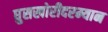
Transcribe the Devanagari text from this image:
घुसखोरीदरम्यान